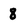
Character: 8